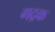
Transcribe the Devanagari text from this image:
गद्रक